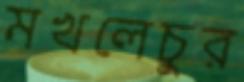
মখলেচুর